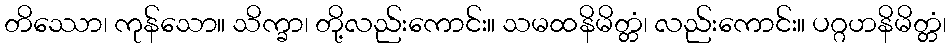
တိဿော၊ ကုန်သော။ သိက္ခာ၊ တို့လည်းကောင်း။ သမထနိမိတ္တံ၊ လည်းကောင်း။ ပဂ္ဂဟနိမိတ္တံ၊